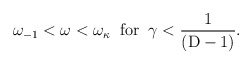
\begin{align*}\omega_{-1} < \omega < \omega_{\kappa} \;\; \rm{for} \;\; \gamma < \frac{1}{(D-1)}.\end{align*}